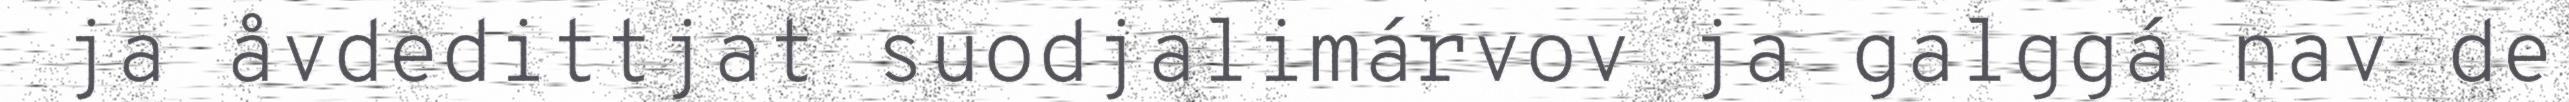
ja åvdedittjat suodjalimárvov ja galggá nav de